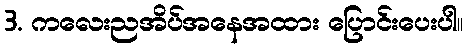
3. ကလေးညအိပ်အနေအထား ပြောင်းပေးပါ။